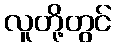
လူတို့တွင်